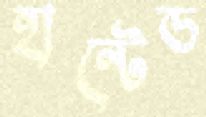
হান্টেড